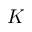
K